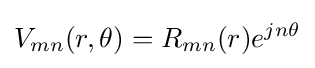
V_{mn}(r,\theta )=R_{mn}(r)e^{jn\theta }